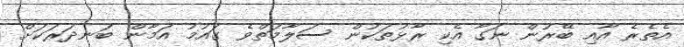
އެތެރެ އާއި ބޭރުން ނަގާ އެކި ރާޅުތަކުން ސަލާމަތްވެ ގައުމު އަމާން ބަނދަރަކަށް